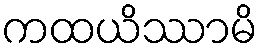
ကထယိဿာမိ